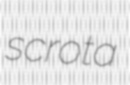
scrota